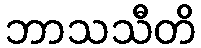
ဘာသသီတိ